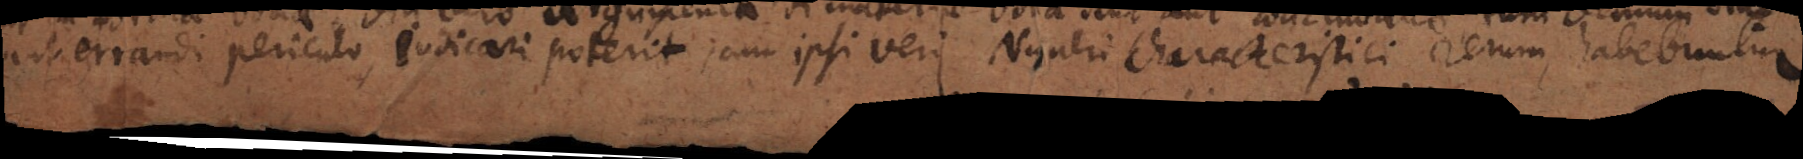
aut errandi periculo, judicari poterit, cum ipsi veri Numeri Characteristici rerum, habebuntur